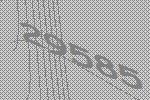
29585